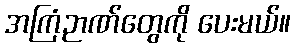
အကြံဉာဏ်တွေကို ပေးမယ်။